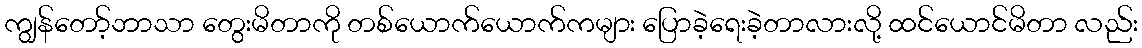
ကျွန်တော့်ဘာသာ တွေးမိတာကို တစ်ယောက်ယောက်ကများ ပြောခဲ့ရေးခဲ့တာလားလို့ ထင်ယောင်မိတာ လည်း